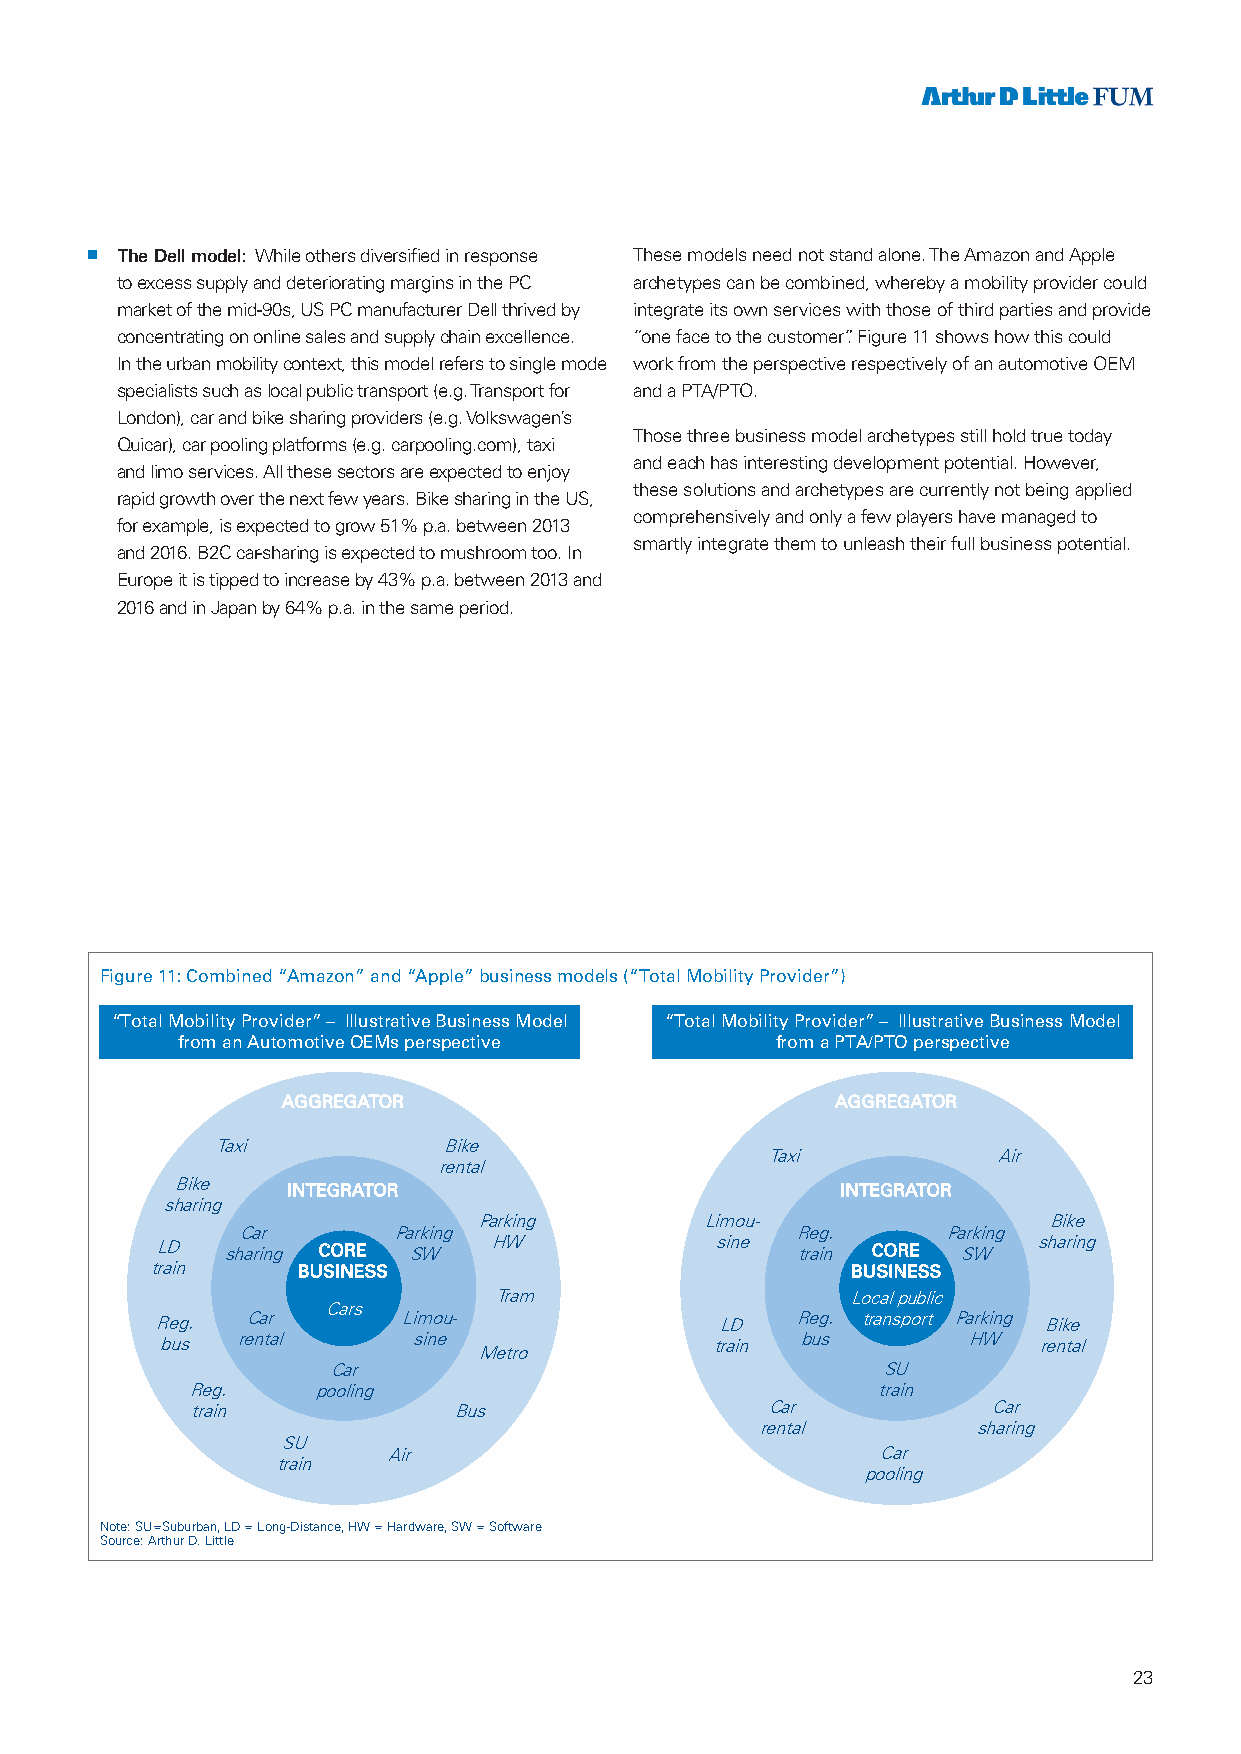
n The Dell model: While others diversified in response These models need not stand alone. The Amazon and Apple
 to excess supply and deteriorating margins in the PC archetypes can be combined, whereby a mobility provider could
 market of the mid-90s, US PC manufacturer Dell thrived by integrate its own services with those of third parties and provide
 concentrating on online sales and supply chain excellence. “one face to the customer”. Figure 11 shows how this could
 In the urban mobility context, this model refers to single mode work from the perspective respectively of an automotive OEM
 specialists such as local public transport (e.g. Transport for and a PTA/PTO.
 London), car and bike sharing providers (e.g. Volkswagen’s
 Those three business model archetypes still hold true today
 Quicar), car pooling platforms (e.g. carpooling.com), taxi
 and each has interesting development potential. However,
 and limo services. All these sectors are expected to enjoy
 these solutions and archetypes are currently not being applied
 rapid growth over the next few years. Bike sharing in the US,
 comprehensively and only a few players have managed to
 for example, is expected to grow 51% p.a. between 2013
 smartly integrate them to unleash their full business potential.
 and 2016. B2C car-sharing is expected to mushroom too. In
 Europe it is tipped to increase by 43% p.a. between 2013 and
 2016 and in Japan by 64% p.a. in the same period.
 Figure 11: Combined “Amazon” and “Apple” business models (“Total Mobility Provider”)
 “Total Mobility Provider” – Illustrative Business Model “Total Mobility Provider” – Illustrative Business Model
 from an Automotive OEMs perspective    from a PTA/PTO perspective
 AGGREGATOR                          AGGREGATOR
 Taxi           Bike
 Taxi           Air
 rental
 Bike
 INTEGRATOR                           INTEGRATOR
 sharing
 Parking        Limou-                Bike
 Car       Parking                    Reg.      Parking
 LD   sharing CORE SW  HW             sine  train CORE SW   sharing
 train     BUSINESS                            BUSINESS
 Tram                   Local public
 Cars
 Reg.  Car        Limou-               LD   Reg. transport Parking Bike
 bus  rental     sine                train bus        HW   rental
 Metro
 Car                                 SU
 Reg.     pooling                              train
 train            Bus                  Car            Car
 rental         sharing
 SU
 Air                             Car
 train
 pooling
 Note: SU=Suburban, LD = Long-Distance, HW = Hardware, SW = Software
 Source: Arthur D. Little
 23